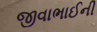
જીવાભાઈની